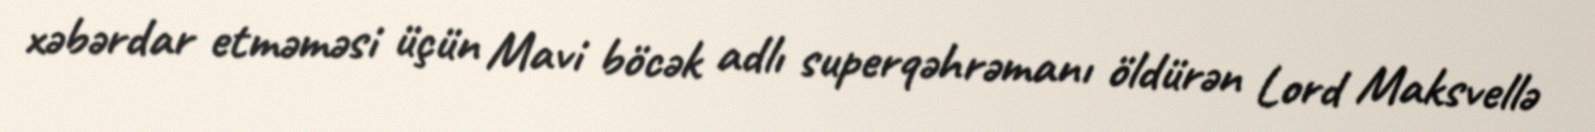
xəbərdar etməməsi üçün Mavi böcək adlı superqəhrəmanı öldürən Lord Maksvellə